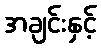
အချင်းနှင့်